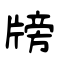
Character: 牓